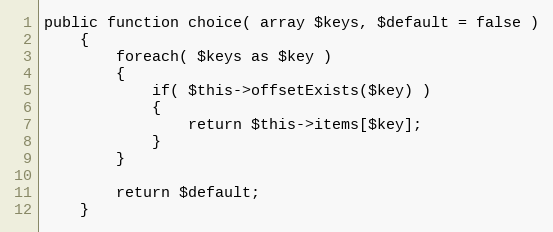
Language: PHP
public function choice( array $keys, $default = false )
	{
		foreach( $keys as $key )
		{
			if( $this->offsetExists($key) )
			{
				return $this->items[$key];
			}
		}

		return $default;
	}